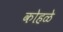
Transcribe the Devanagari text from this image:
कोहळे